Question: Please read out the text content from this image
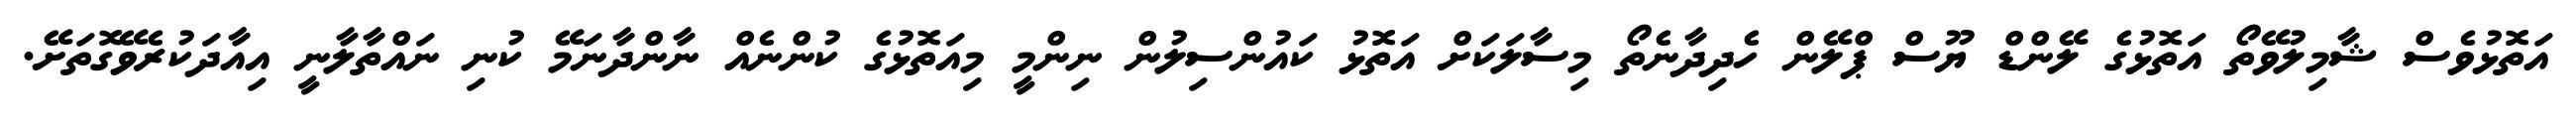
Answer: އަތޮޅުވެސް ޝާމިލުވޭތޯ އަތޮޅުގެ ލޭންޑް ޔޫސް ޕްލޭން ހެދިދާނެތޯ މިސާލަކަށް އަތޮޅު ކައުންސިލުން ނިންމީ މިއަތޮޅުގެ ކުންނެއް ނާންދާނަމޭ ކުނި ނައްތާލާނީ އިއާދަކުރެވޭގޮތަށޭ.